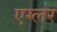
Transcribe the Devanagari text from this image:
एग्लर